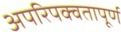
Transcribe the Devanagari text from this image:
अपरिपक्वतापूर्ण